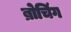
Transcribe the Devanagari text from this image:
ब्रोचिंग